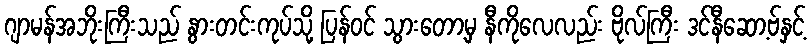
ဂျာမန်အဘိုးကြီးသည် နွားတင်းကုပ်သို့ ပြန်ဝင် သွားတော့မှ နီကိုလေလည်း ဗိုလ်ကြီး ဒင်နီဆော့ဗ်နှင့်